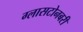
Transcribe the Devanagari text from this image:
ग्लासटोनबरी